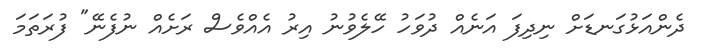
ދެންއަޅުގަނޑަށް ނިދިފަ އަނެއް ދުވަހު ހޭލެވުނު އިރު އެއްވެސް ރަށެއް ނުފެނޭ" ފުރަތަމަ